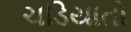
ચડિયાતો